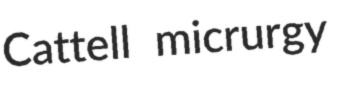
Cattell micrurgy